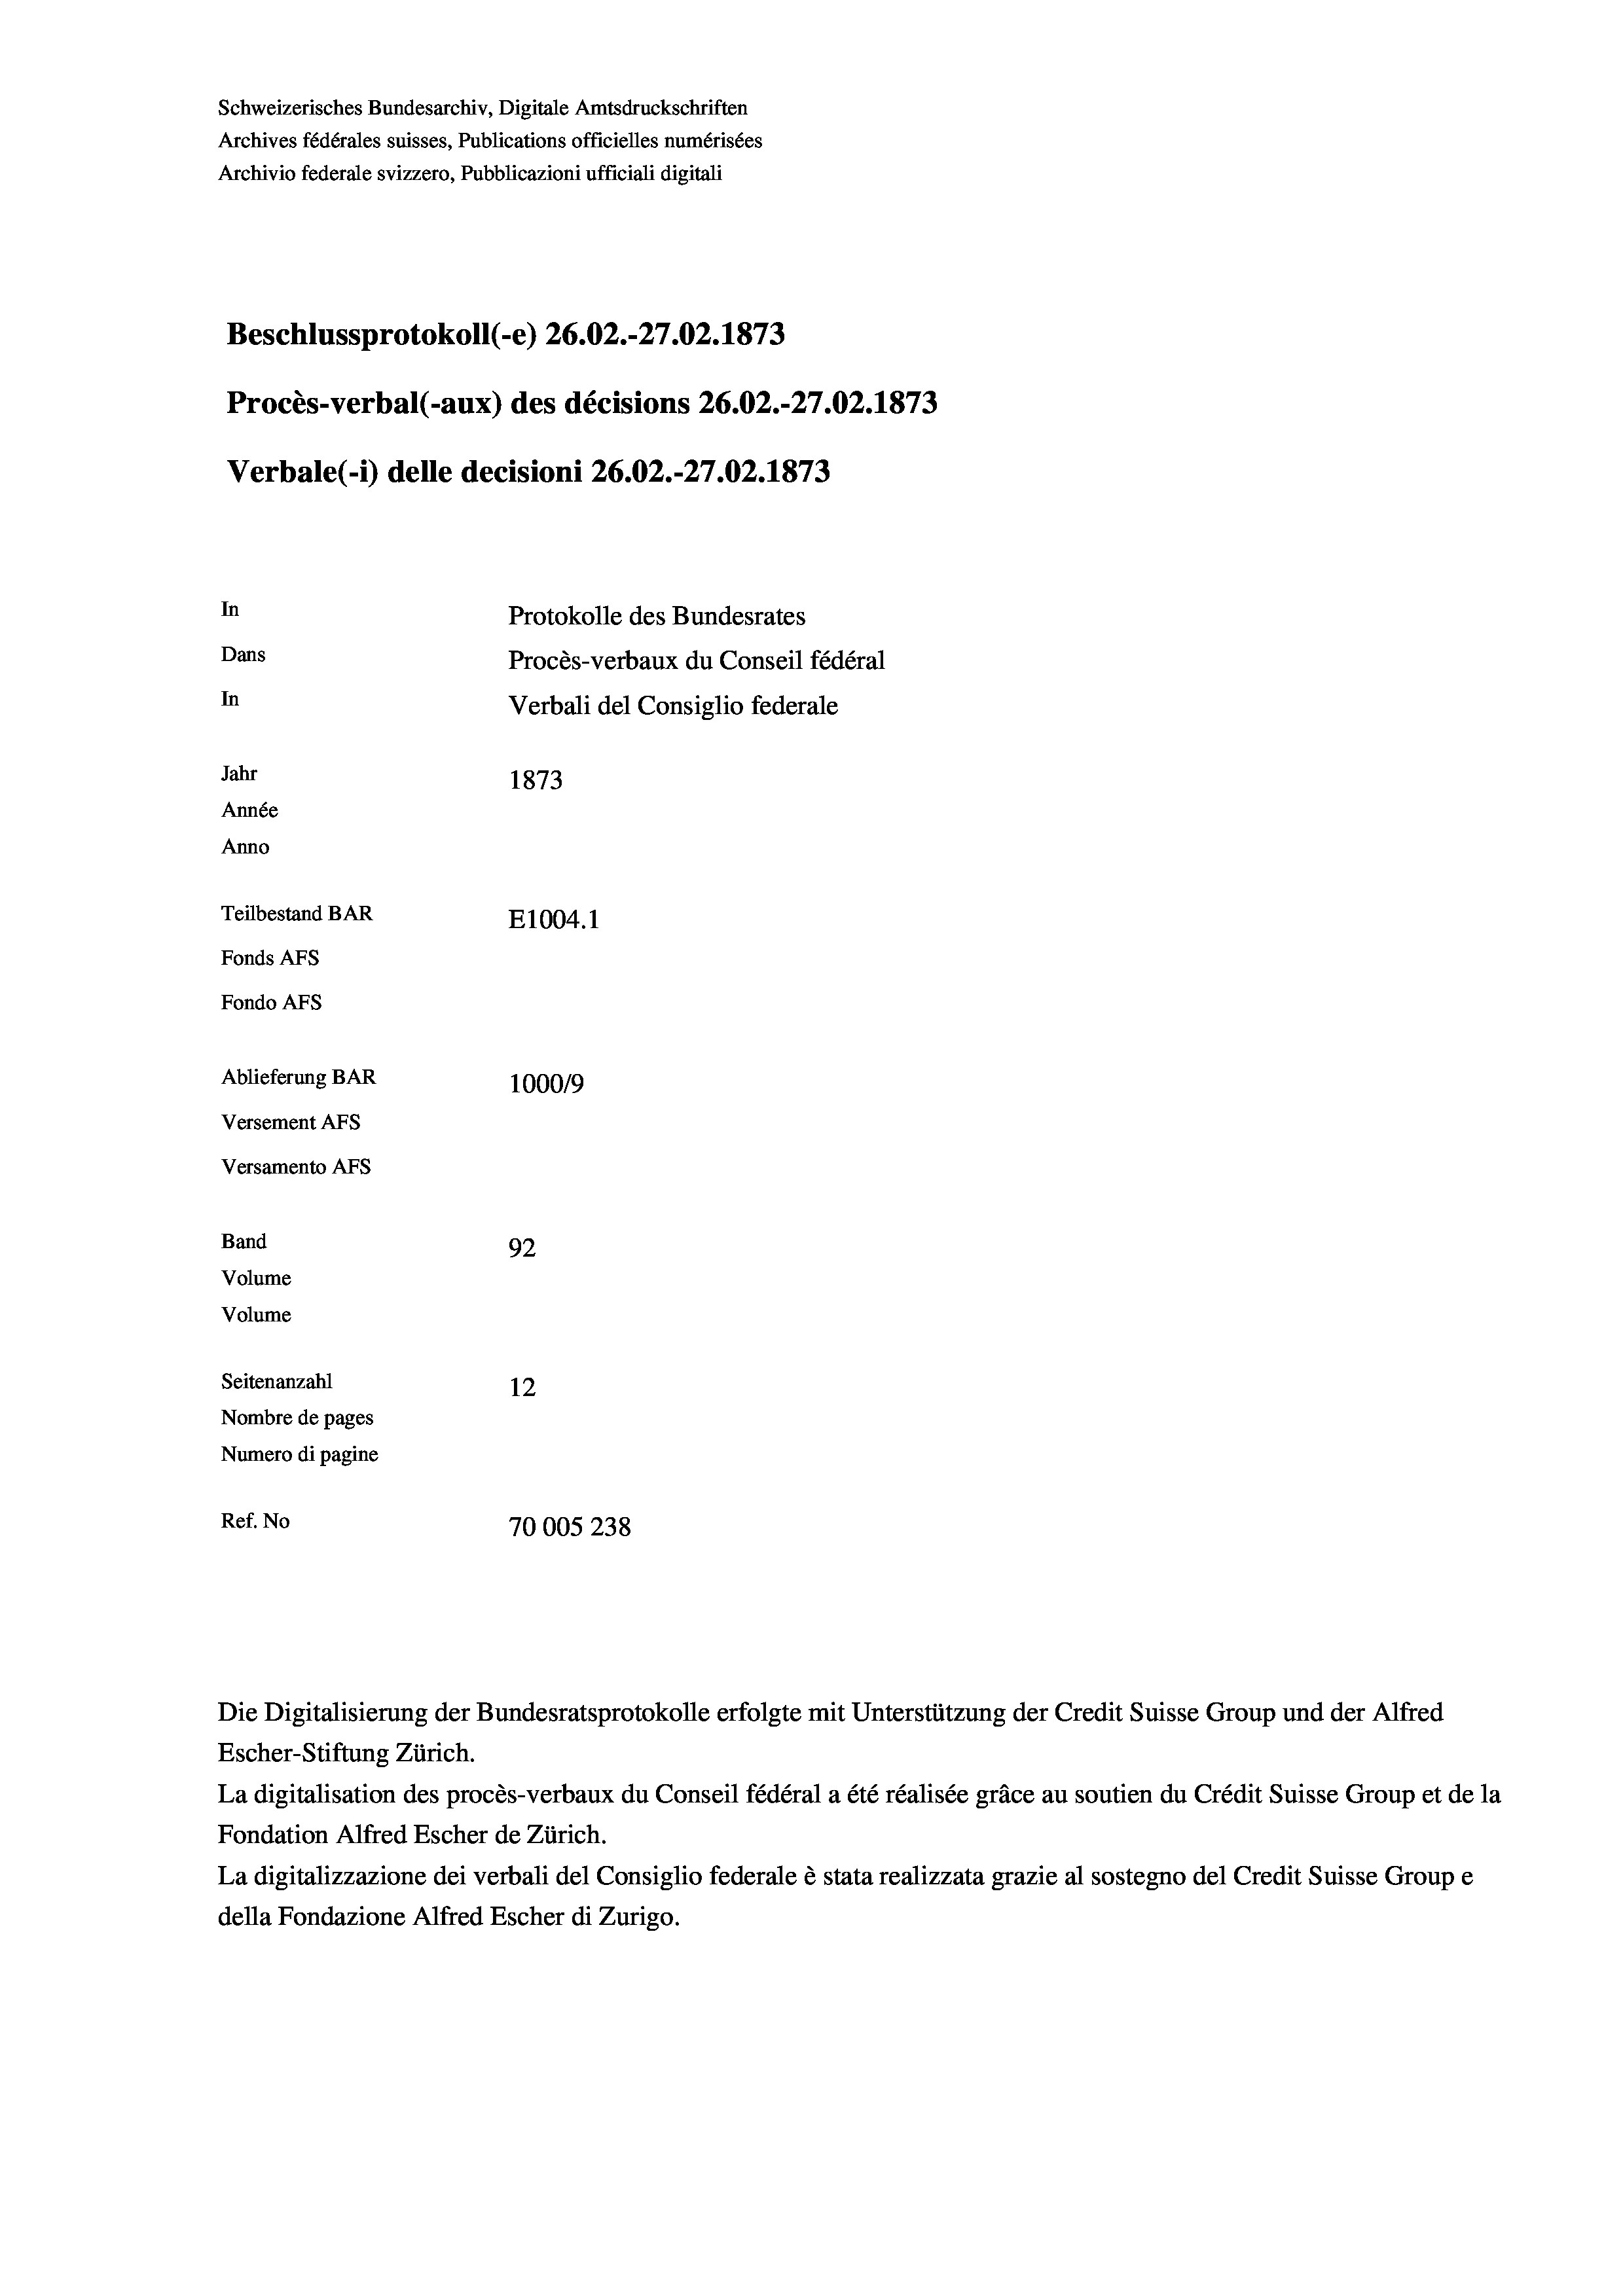
Schweizerisches Bundesarchiv, Digitale Amtsdruckschriften
Archives fédérales suisses, Publications officielles numérisées
Archivio federale svizzero, Pubblicazioni ufficiali digitali
Beschlussprotokoll (-e) 26.02.-27.02. 1873
Procès-verbal (-aux) des décisions 26.02.-27.02. 1873
Verbale (1) delle decisioni 26.02.-27.02. 1873
In
Protokolle des Bundesrates
Dans
Procès-verbaux du Conseil fédéral
In
Verbali del Consiglio federale
Jahr
1873
Année
Anno
Teilbestand BAR
E1004.1
Fonds AFs
Fondo AFS
Ablieferung BAR
1000/9
Versement AFS
Versamento Afs
Band
92
Volume
Volume
Seitenanzahl
12
Nombre de pages
Numero di pagine
Ref. No
70005 238

Escher-Stiftung Zürich.
La digitalisation des procès-verbaux du Conseil fédéral a été réalisée gräce au soutien du Crédit Suisse Group et de la
Fondation Alfred Escher de Zürich.
La digitalizzazione dei verbali del Consiglio federale è stata realizzata grazie al sostegno del Credit Suisse Groupe
della Fondazione Alfred Escher di Zurigo.

Die Digitalisierung der Bundesratsprotokolle erfolgte mit Unterstützung der Credit Suisse Group und der Alfred